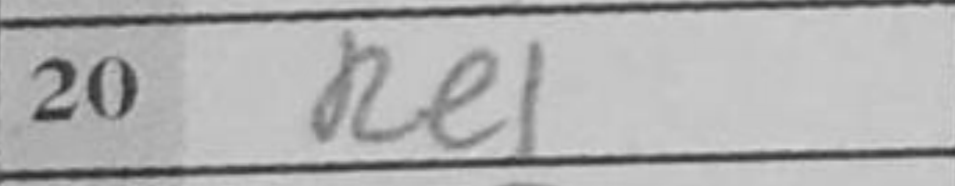
Transcription: Re1